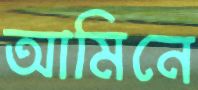
আমিনে